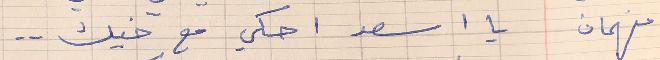
فهمان      يا اسعد احكي مع خيك . .